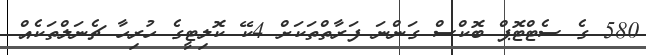
580 ގެ ސެޓްޓޮޕް ބޮކްސް ގަންނަ ފަރާތްތަކަށް 4ކޭ ކޮލިޓީގެ ހުރިހާ ޗެނަލްތަކެއް